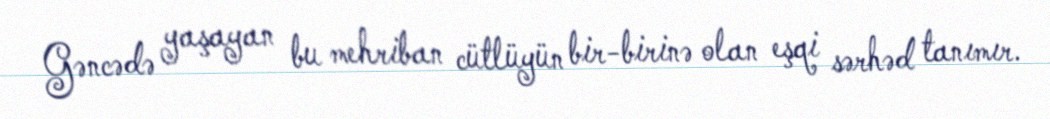
Gəncədə yaşayan bu mehriban cütlüyün bir-birinə olan eşqi sərhəd tanımır.